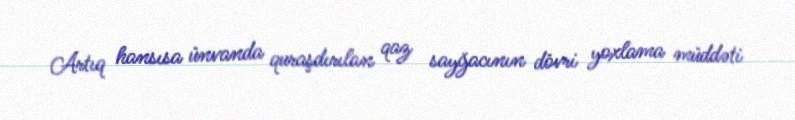
Artıq hansısa ünvanda quraşdırılan qaz sayğacının dövri yoxlama müddəti